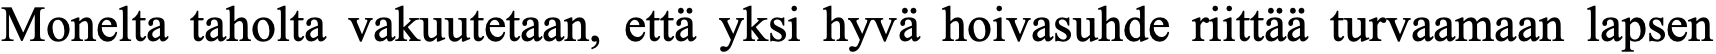
Monelta taholta vakuutetaan, että yksi hyvä hoivasuhde riittää turvaamaan lapsen